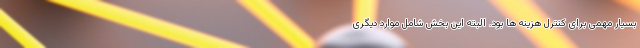
بسیار مهمی برای کنترل هزینه ها بود. البته این بخش شامل موارد دیگری